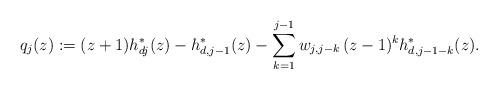
LaTeX: \begin{align*} q_j (z) := (z+1) h_{dj}^* (z) - h_{d,j-1}^* (z) - \sum_{k=1}^{j-1} w_{j,j-k} \, (z-1)^k h_{d,j-1-k}^* (z).\end{align*}